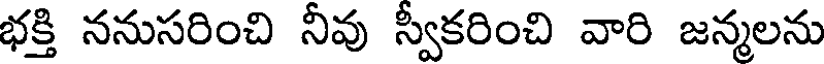
భక్తి ననుసరించి నీవు స్వీకరించి వారి జన్మలను